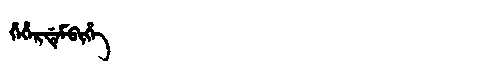
Manchu: ᡥᡝᡥᡝᡵᡩᡝᠮᠪᡳᡥᡝ
Romanization: HEHERDEMBIHE